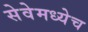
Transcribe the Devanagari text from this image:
सेवेमध्येच